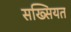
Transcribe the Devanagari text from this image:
सख्सियत